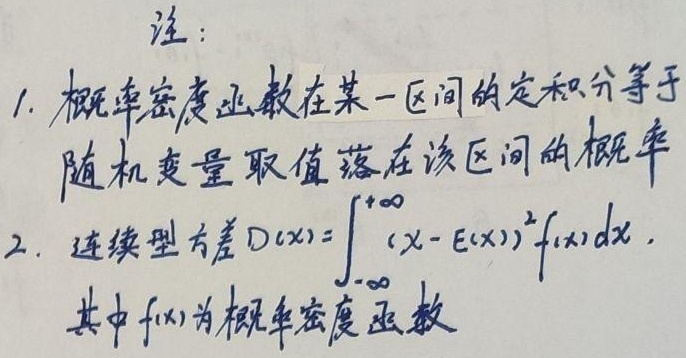
注：
1. 概率密度函数在某一区间的定积分等于随机变量取值落在该区间的概率。
2. 连续型方差\(D(X)=\int_{-\infty}^{+\infty}(X - E(X))^{2}f(x)dx\)，其中\(f(x)\)为概率密度函数。